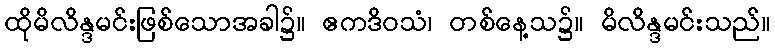
ထိုမိလိန္ဒမင်းဖြစ်သောအခါ၌။ ဧကဒိဝသံ၊ တစ်နေ့သ၌။ မိလိန္ဒမင်းသည်။